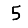
Digit: 5